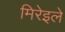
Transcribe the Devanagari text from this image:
मिरेइले